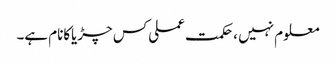
معلوم نہیں ،حکمت عملی کس چڑیاکانام ہے۔